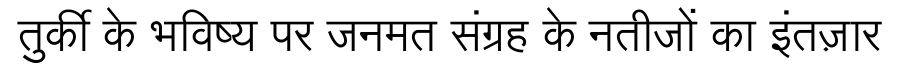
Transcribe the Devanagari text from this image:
तुर्की के भविष्य पर जनमत संग्रह के नतीजों का इंतज़ार